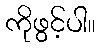
ကိုဖွင့်ပါ။